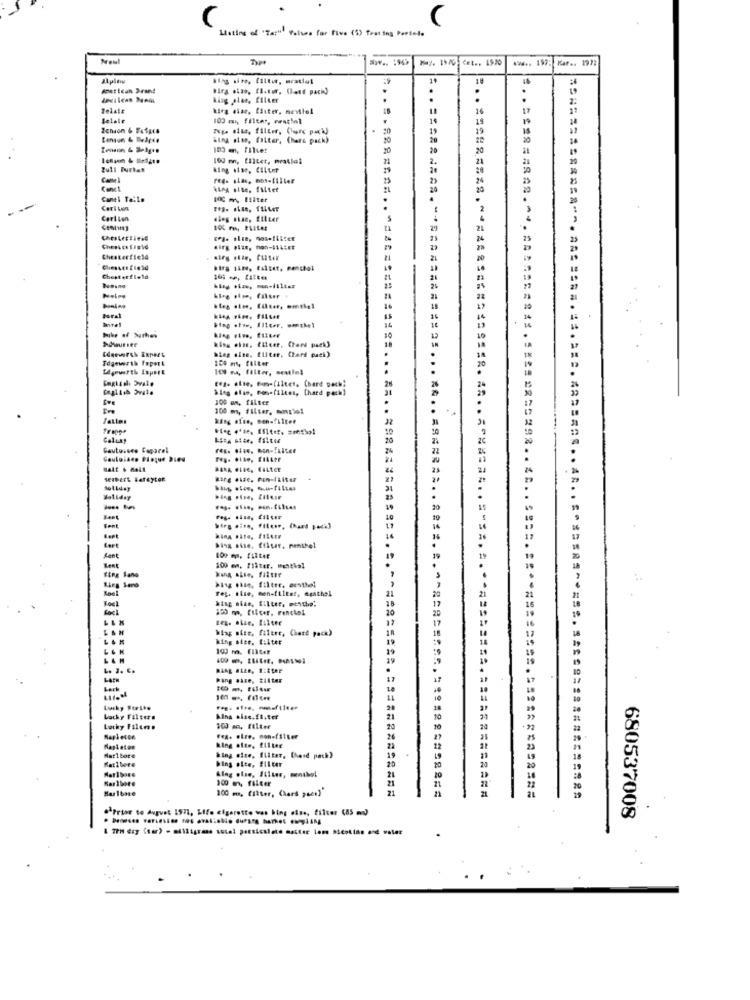
Listing of "Tap" Values for Five (5) frating Porinte
Noul
metican Brand
king alar, filter
Telale
kira eine, filter, mentel
felale
100 m, filter, wall
14
Zeniom & 745gc8
19
hing sten, filter, (hare pack)
103 mn, Filier
20
100 m, ElIter, mratlal
Zull Furhan
king sise, Ciltnr
Cont
king site, filter
Canel Talle
BOC m, Lilter
Carlton
Carlton
eleg chan, filter
104 m, Pit#E
Chesterfield
Chienet field
Chesterfield
Anne!
Foral
hing alne, Eliter, Chard pack)
100 m, filter
E.g. alle, Bom-filtet, (hard pech)
Sieg olie, con-filtes, [hard pack)
100 on, filter
100 m, filter, sompiel
Caluns
Herbert Beteyten
Holiday
Best
Font
Wirg dive, fitur, Chard pack}
hisz sise. filter, menthol
19
100 mm, Filter, Menthol
Kieg Sano
Eine Sano
Slag shie, filter. westhel
21
king size, filter, menthe.
$50 m, filter, Fenchel
17
Wiag site, filtre, Chard pack)
19
LEK
190 m. Filter
19
LACH
Pang akce, Zilter
17
10
Lachy Filter.
Kina site.fl.ter
21
Lucky Filee.
100 an, filter
Fra: elre. mon-filter
26
king ofte, filter
Mar1 bore
Ratllere
king ofse, filter, Chend pack)
bing olte, filter
19
20
Kan 1bore
300 m, filter
100 m. filter, (hard pues]"
21
========= 29
.Prior to duguet 1571, Life cigarette was bing eine, filter (85 m)
680537008